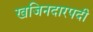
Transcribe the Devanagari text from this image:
खजिनदारपदी